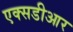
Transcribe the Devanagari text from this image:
एक्सडीआर